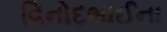
વિનોદભાઈના